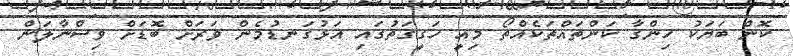
ކޮން ބަޔަކު ހިންގާ ކަންތައްތަކެއްތޯ މިއީ ހަގީގަތުގައި އަޅުގަނޑުމެން ވަރަށް ބޮޑަށް ވިސްނާލަން